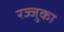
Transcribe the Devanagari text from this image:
रज्जुका